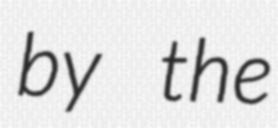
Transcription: by the